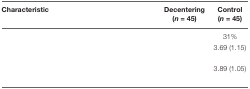
<table><thead><tr><td><b>Characteristic</b></td><td><b>Decentering (<i>n</i> = 45)</b></td><td><b>Control (<i>n</i> = 45)</b></td></tr></thead><tbody><tr><td>[EMPTY_CELL]</td><td>[EMPTY_CELL]</td><td>31%</td></tr><tr><td>[EMPTY_CELL]</td><td>[EMPTY_CELL]</td><td>3.69 (1.15)</td></tr><tr><td>[EMPTY_CELL]</td><td>[EMPTY_CELL]</td><td>3.89 (1.05)</td></tr></tbody></table>